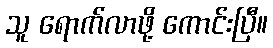
သူ ရောက်လာဖို့ ကောင်းပြီ။